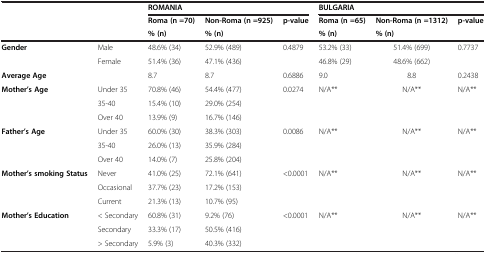
<table><thead><tr><td></td><td></td><td colspan="3"><b>ROMANIA</b></td><td colspan="3"><b>BULGARIA</b></td></tr><tr><td></td><td></td><td><b>Roma (n =70)</b></td><td><b>Non-Roma (n =925)</b></td><td><b>p-value</b></td><td><b>Roma (n =65)</b></td><td><b>Non-Roma (n =1312)</b></td><td><b>p-value</b></td></tr><tr><td></td><td></td><td><b>% (n)</b></td><td><b>% (n)</b></td><td></td><td><b>% (n)</b></td><td><b>% (n)</b></td><td></td></tr></thead><tbody><tr><td><b>Gender</b></td><td>Male</td><td>48.6% (34)</td><td>52.9% (489)</td><td>0.4879</td><td>53.2% (33)</td><td>51.4% (699)</td><td>0.7737</td></tr><tr><td></td><td>Female</td><td>51.4% (36)</td><td>47.1% (436)</td><td></td><td>46.8% (29)</td><td>48.6% (662)</td><td></td></tr><tr><td><b>Average Age</b></td><td></td><td>8.7</td><td>8.7</td><td>0.6886</td><td>9.0</td><td>8.8</td><td>0.2438</td></tr><tr><td><b>Mother’s Age</b></td><td>Under 35</td><td>70.8% (46)</td><td>54.4% (477)</td><td>0.0274</td><td>N/A**</td><td>N/A**</td><td>N/A**</td></tr><tr><td></td><td>35-40</td><td>15.4% (10)</td><td>29.0% (254)</td><td></td><td></td><td></td><td></td></tr><tr><td></td><td>Over 40</td><td>13.9% (9)</td><td>16.7% (146)</td><td></td><td></td><td></td><td></td></tr><tr><td><b>Father’s Age</b></td><td>Under 35</td><td>60.0% (30)</td><td>38.3% (303)</td><td>0.0086</td><td>N/A**</td><td>N/A**</td><td>N/A**</td></tr><tr><td></td><td>35-40</td><td>26.0% (13)</td><td>35.9% (284)</td><td></td><td></td><td></td><td></td></tr><tr><td></td><td>Over 40</td><td>14.0% (7)</td><td>25.8% (204)</td><td></td><td></td><td></td><td></td></tr><tr><td><b>Mother’s smoking Status</b></td><td>Never</td><td>41.0% (25)</td><td>72.1% (641)</td><td>&lt;0.0001</td><td>N/A**</td><td>N/A**</td><td>N/A**</td></tr><tr><td></td><td>Occasional</td><td>37.7% (23)</td><td>17.2% (153)</td><td></td><td></td><td></td><td></td></tr><tr><td></td><td>Current</td><td>21.3% (13)</td><td>10.7% (95)</td><td></td><td></td><td></td><td></td></tr><tr><td><b>Mother’s Education</b></td><td>&lt; Secondary</td><td>60.8% (31)</td><td>9.2% (76)</td><td>&lt;0.0001</td><td>N/A**</td><td>N/A**</td><td>N/A**</td></tr><tr><td></td><td>Secondary</td><td>33.3% (17)</td><td>50.5% (416)</td><td></td><td></td><td></td><td></td></tr><tr><td></td><td>&gt; Secondary</td><td>5.9% (3)</td><td>40.3% (332)</td><td></td><td></td><td></td><td></td></tr></tbody></table>